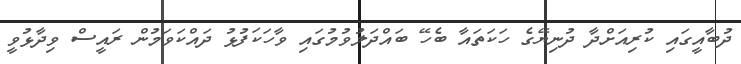
ދުބާއީގައި ކުރިއަށްދާ ދުނިޔޭގެ ހަކަތައާ ބެހޭ ބައްދަލުވުމުގައި ވާހަކަފުޅު ދައްކަވަމުން ރައީސް ވިދާޅުވީ